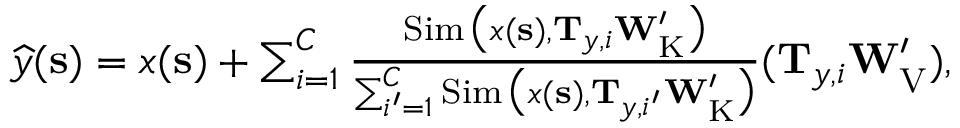
\begin{array} { r } { \boldsymbol { { \widehat { y } } } ( \mathbf { s } ) = \boldsymbol { x } ( \mathbf { s } ) + \sum _ { i = 1 } ^ { C } \frac { \operatorname { S i m } \big ( \boldsymbol { x } ( \mathbf { s } ) , \mathbf { T } _ { \boldsymbol { y } , i } \mathbf { W } _ { \mathrm { K } } ^ { \prime } \big ) } { \sum _ { i ^ { \prime } = 1 } ^ { C } \operatorname { S i m } \big ( \boldsymbol { x } ( \mathbf { s } ) , \mathbf { T } _ { \boldsymbol { y } , i ^ { \prime } } \mathbf { W } _ { \mathrm { K } } ^ { \prime } \big ) } ( \mathbf { T } _ { \boldsymbol { y } , i } \mathbf { W } _ { \mathrm { V } } ^ { \prime } ) , } \end{array}